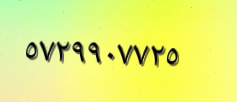
٥٧٢٩٩٠٧٧٢٥